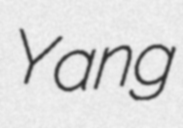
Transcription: Yang